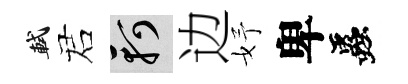
軾诺軻边妤卑蟲